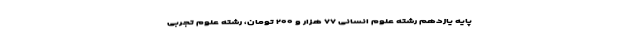
پایه یازدهم رشته علوم انسانی ۷۷ هزار و ۲۰۰ تومان، رشته علوم تجربی